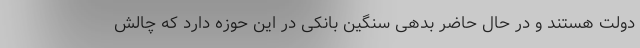
دولت هستند و در حال حاضر بدهی سنگین بانکی در این حوزه دارد که چالش